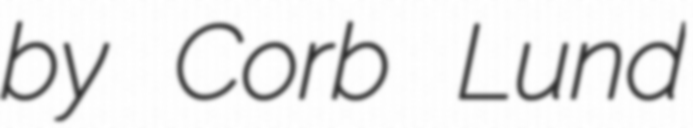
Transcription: by Corb Lund